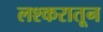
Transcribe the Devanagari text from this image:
लश्करातून